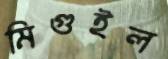
মিগুইল